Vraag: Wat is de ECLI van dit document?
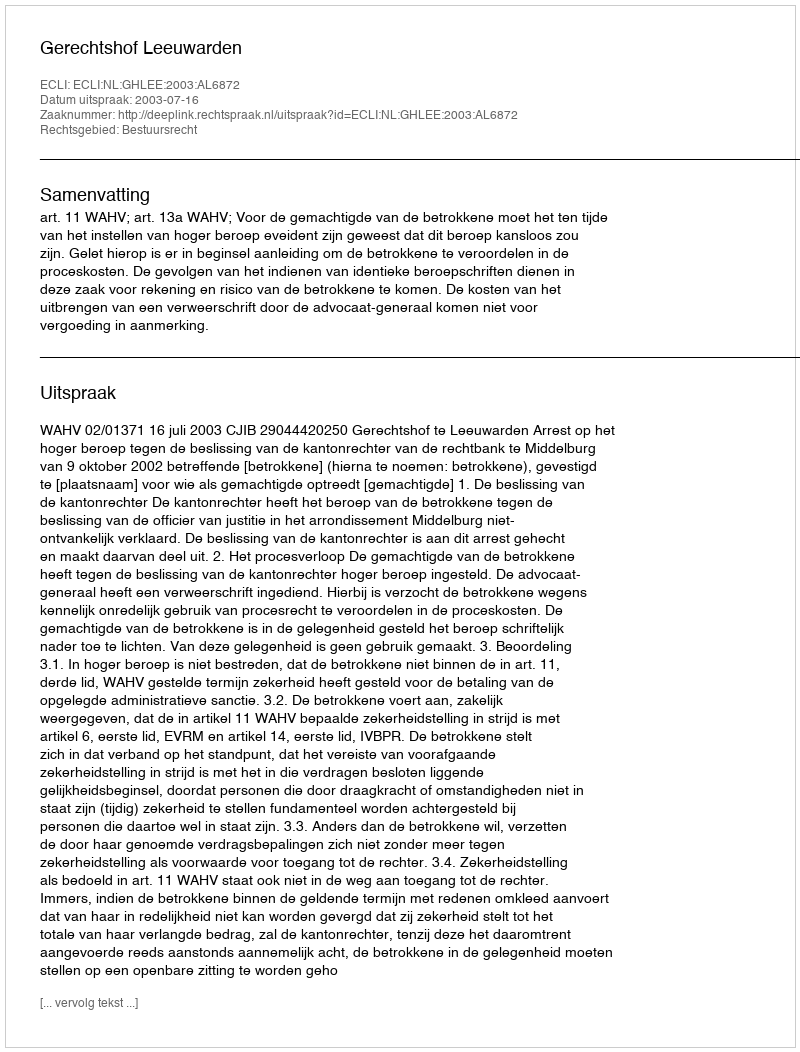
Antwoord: ECLI:NL:GHLEE:2003:AL6872